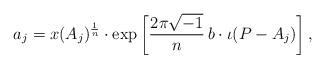
LaTeX: \begin{align*}a_j = x(A_j)^{\frac{1}{n}} \cdot \mathrm{exp}\left[\frac{2 \pi \sqrt{-1}}{n} \, b \cdot \iota(P-A_j)\right],\end{align*}